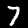
Digit: 7